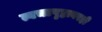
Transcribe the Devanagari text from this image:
त्वचापृष्ठावरही